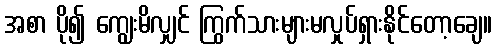
အစာ ပို၍ ကျွေးမိလျှင် ကြွက်သားများမလှုပ်ရှားနိုင်တော့ချေ။